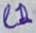
Text: L1